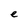
Character: e